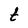
Character: t